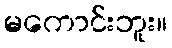
မကောင်းဘူး။